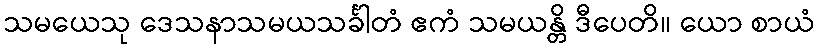
သမယေသု ဒေသနာသမယသင်္ခါတံ ဧကံ သမယန္တိ ဒီပေတိ။ ယော စာယံ